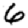
Digit: 6